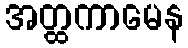
အတ္ထကာမေန